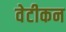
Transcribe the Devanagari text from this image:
वेटीकन